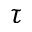
\tau